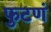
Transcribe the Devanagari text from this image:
फुटणं